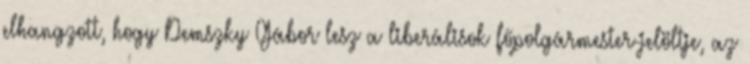
elhangzott, hogy Demszky Gábor lesz a liberálisok főpolgármester-jelöltje, az